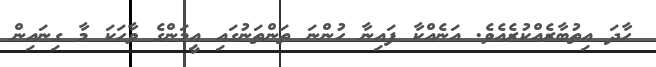
ހާދަ އިތުބާރެއްކުރެއެވެ. އަނެއްކާ ފައިނާ ހުންނަ ތަންތަނުގައި އީމަންގެ ވާހަކަ މާ ގިނައިން